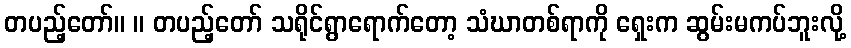
တပည့်တော်။ ။ တပည့်တော် သရိုင်ရွာရောက်တော့ သံဃာတစ်ရာကို ရှေးက ဆွမ်းမကပ်ဘူးလို့